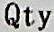
QTY